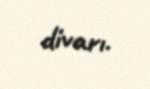
divarı.